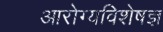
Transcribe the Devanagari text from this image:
आरोग्यविशेषज्ञ